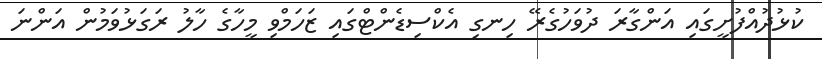
ކުޅުދުއްފުށީގައި އަންގާރަ ދުވަހުގެރޭ ހިނގި އެކްސިޑެންޓްގައި ޒަހަމްވި މީހާގެ ހާލު ރަގަޅުވަމުން އަންނަ